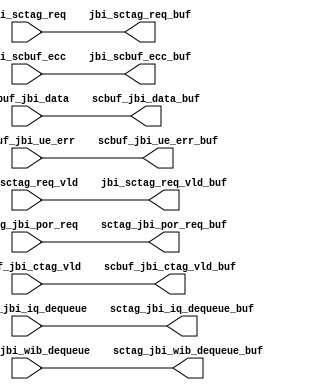
module rep_jbi_sc0_2(
   jbi_sctag_req_buf, scbuf_jbi_data_buf, jbi_scbuf_ecc_buf, 
   jbi_sctag_req_vld_buf, scbuf_jbi_ctag_vld_buf, 
   scbuf_jbi_ue_err_buf, sctag_jbi_iq_dequeue_buf, 
   sctag_jbi_wib_dequeue_buf, sctag_jbi_por_req_buf, 
   jbi_sctag_req, scbuf_jbi_data, jbi_scbuf_ecc, jbi_sctag_req_vld, 
   scbuf_jbi_ctag_vld, scbuf_jbi_ue_err, sctag_jbi_iq_dequeue, 
   sctag_jbi_wib_dequeue, sctag_jbi_por_req
   );
   output [31:0]        jbi_sctag_req_buf;         
   output [31:0]        scbuf_jbi_data_buf;        
   output [6:0]         jbi_scbuf_ecc_buf;         
   output               jbi_sctag_req_vld_buf;     
   output               scbuf_jbi_ctag_vld_buf;
   output               scbuf_jbi_ue_err_buf;      
   output		sctag_jbi_iq_dequeue_buf;
   output		sctag_jbi_wib_dequeue_buf;
   output		sctag_jbi_por_req_buf;
   input [31:0]        jbi_sctag_req;         
   input [31:0]        scbuf_jbi_data;        
   input [6:0]         jbi_scbuf_ecc;         
   input               jbi_sctag_req_vld;     
   input               scbuf_jbi_ctag_vld;
   input               scbuf_jbi_ue_err;      
   input	       sctag_jbi_iq_dequeue;
   input	       sctag_jbi_wib_dequeue;
   input	       sctag_jbi_por_req;
assign		jbi_sctag_req_buf = jbi_sctag_req ;
assign		scbuf_jbi_data_buf = scbuf_jbi_data ;
assign		jbi_scbuf_ecc_buf[6:0] = jbi_scbuf_ecc[6:0] ;
assign		jbi_sctag_req_vld_buf = jbi_sctag_req_vld ;
assign		scbuf_jbi_ctag_vld_buf = scbuf_jbi_ctag_vld ;
assign		scbuf_jbi_ue_err_buf = scbuf_jbi_ue_err ;
assign		sctag_jbi_iq_dequeue_buf = sctag_jbi_iq_dequeue ;
assign		sctag_jbi_wib_dequeue_buf =  sctag_jbi_wib_dequeue;
assign		sctag_jbi_por_req_buf = sctag_jbi_por_req ;
endmodule